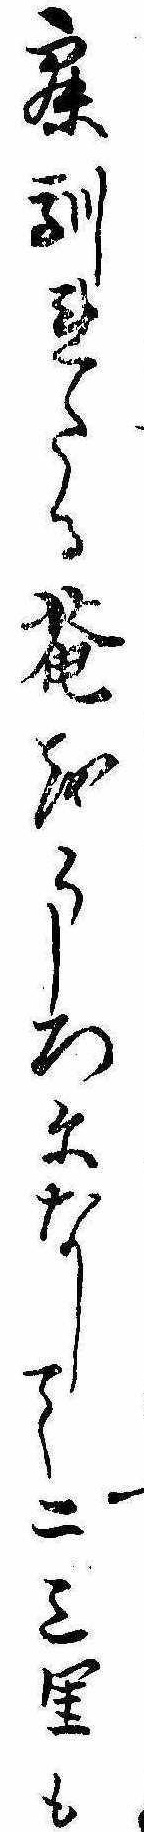
寐馴れたる庵をうしろになして二三里も